画像に写った文字を読んでください
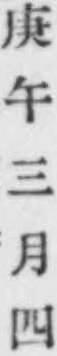
「庚午三月四」と書いてあります